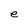
Character: e